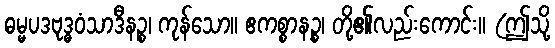
ဓမ္မပဒဗုဒ္ဓဝံသာဒီနဉ္စ၊ ကုန်သော။ ဧကစ္စာနဉ္စ၊ တို့၏လည်းကောင်း။ (ဤသို့